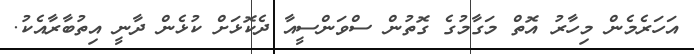
އަހަރެމެން މިހާރު އޮތް މަގާމުގެ ގޮތުން ސްވަންސީއާ ދެކޮޅަށް ކުޅެން ދާނީ އިތުބާރާއެކު.